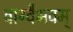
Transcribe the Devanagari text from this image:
वाग्वैभवम्